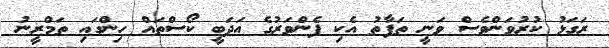
ރަގަޅު ކުރުވަންވެސް ވަނީ ތަފާތު އެކި ފެންވަރުގެ އަދަބީ ކޯސްތައް ހިންގައި ތަމްރީނު